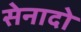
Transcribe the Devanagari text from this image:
सेनादो